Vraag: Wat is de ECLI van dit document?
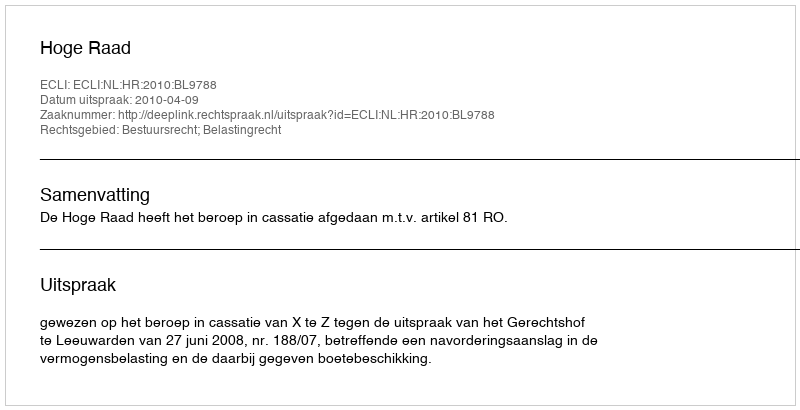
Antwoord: ECLI:NL:HR:2010:BL9788